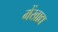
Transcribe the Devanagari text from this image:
मेंखाद्य